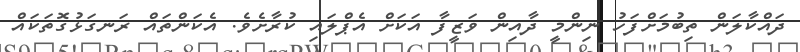
ދައްކާލަން ތިބުމަށްފަހު ނިންމީ ދާއިން ވަޒީފާ އަކަށް އެޕްލައި ކުރާށެވެ. އެކަންތައް ރަނގަޅުގޮތަކައް